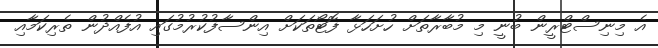
އެ މިނިސްޓްރީން ބުނީ މި މުބާރާތަށް ހުށަހަޅާ ފޮޓޯތަކަށް އިންސާފުކުރުމުގައި އުފެއްދުން ތެރިކަމާއި